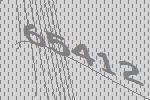
65412